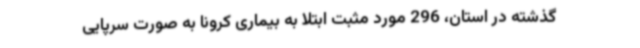
گذشته در استان، 296 مورد مثبت ابتلا به بیماری کرونا به صورت سرپایی